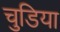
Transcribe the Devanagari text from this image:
चुडिया